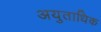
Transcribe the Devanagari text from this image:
अयुताधिक